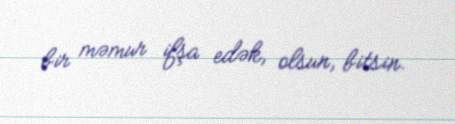
bir məmur ifşa edək, olsun, bitsin.